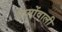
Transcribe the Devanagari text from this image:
नामोंवाली